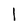
Character: 1